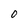
Character: 0